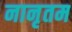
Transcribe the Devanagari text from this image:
नानृतम